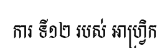
ការ ទី១២ របស់ អាហ្វ្រិក